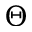
\Theta